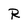
Character: R